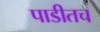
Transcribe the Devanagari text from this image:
पाडीतच